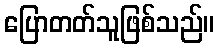
ပြောတတ်သူဖြစ်သည်။